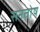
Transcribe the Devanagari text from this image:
सनतोष